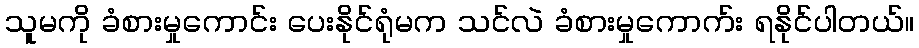
သူမကို ခံစားမှုကောင်း ပေးနိုင်ရုံမက သင်လဲ ခံစားမှုကောက်း ရနိုင်ပါတယ်။